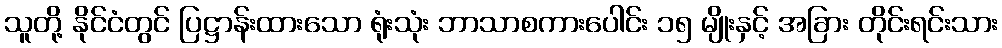
သူတို့ နိုင်ငံတွင် ပြဋ္ဌာန်းထားသော ရုံးသုံး ဘာသာစကားပေါင်း ၁၅ မျိုးနှင့် အခြား တိုင်းရင်းသား